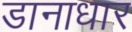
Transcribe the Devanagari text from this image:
डानाधार